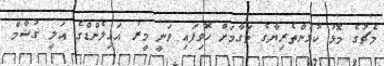
މެޗުގެ މޮޅު ކުޅުންތެރިޔާގެ މަގާމަށް ހޮވިފައި ވަނީ މީރު އައިލެންޑްގެ އަލީ ގުޝާމް